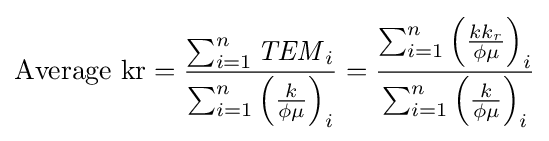
{\text{Average kr}}={\frac {\sum _{i=1}^{n}{\mathit {TEM}}_{i}}{\sum _{i=1}^{n}\left({\frac {k}{\phi \mu }}\right)_{i}}}={\frac {\sum _{i=1}^{n}\left({\frac {kk_{\mathit {r}}}{\phi \mu }}\right)_{i}}{\sum _{i=1}^{n}\left({\frac {k}{\phi \mu }}\right)_{i}}}